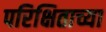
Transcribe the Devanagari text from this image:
परिक्षिताच्या